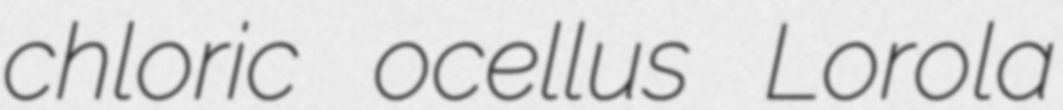
chloric ocellus Lorola